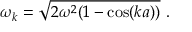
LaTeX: \omega _ { k } = { \sqrt { 2 \omega ^ { 2 } ( 1 - \cos ( k a ) ) } } ~ .